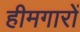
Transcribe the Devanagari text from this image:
हीमगारों